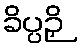
ခိပ္ပဉှိ